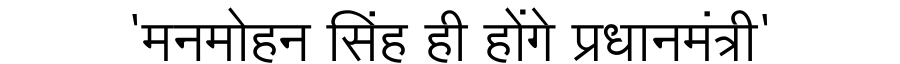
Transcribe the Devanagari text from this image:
'मनमोहन सिंह ही होंगे प्रधानमंत्री'